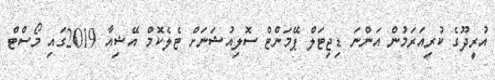
އުރީދޫގެ ކުރިއަރަމުން އަންނަ ޑިޖިޓަލް ޕޭމަންޓް ސޮލިއުޝަނަށް ޓެލެކޮމް އޭޝިއާ 2019ގައި މޯސްޓް